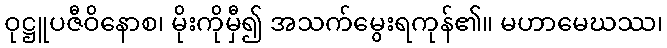
ဝုဋ္ဌူပဇီဝိနောစ၊ မိုးကိုမှီ၍ အသက်မွေးရကုန်၏။ မဟာမေဃဿ၊